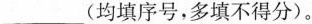
(2)下列物质的变化或性质中，属于物理变化的是\underline，属于化学性质的是